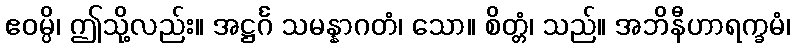
ဧဝမ္ပိ၊ ဤသို့လည်း။ အဋ္ဌင်္ဂ သမန္နာဂတံ၊ သော။ စိတ္တံ၊ သည်။ အဘိနီဟာရက္ခမံ၊